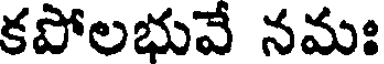
కపోలభువే నమః